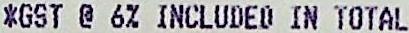
*GST @ 6% INCLUDED IN TOTAL